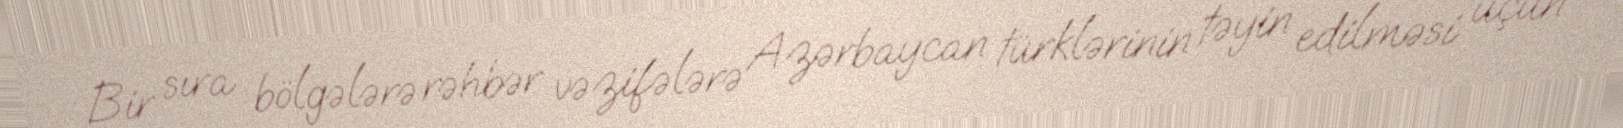
Bir sıra bölgələrə rəhbər vəzifələrə Azərbaycan türklərinin təyin edilməsi üçün